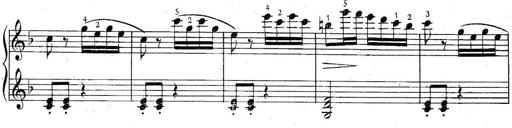
Title: 6 Easy Sonatinas
Composer: Carl Czerny